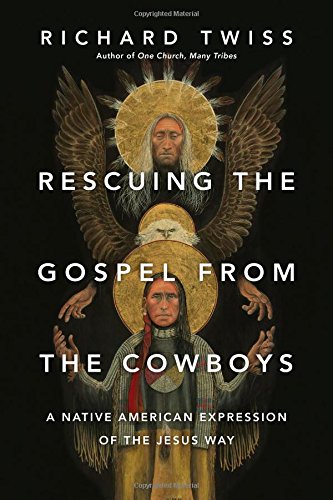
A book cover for Rescuing the Gospel from the Cowboys: A Native American Expression of the Jesus Way; Richard Twiss; History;